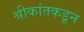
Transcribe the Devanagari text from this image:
श्रीकांतकडून